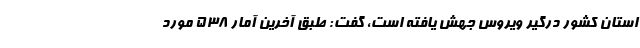
استان کشور درگیر ویروس جهش یافته است، گفت: طبق آخرین آمار ۵٣٨ مورد